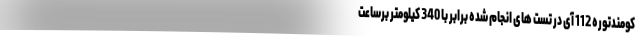
کومندتوره 112 آی در تست های انجام شده برابر با 340 کیلومتر برساعت